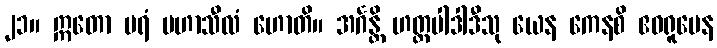
၂၁။ ဣတော ပရံ မဟာသီလံ ဟောတိ။ အင်္ဂန္တိ ဟတ္ထပါဒါဒီသု ယေန ကေနစိ ဧဝရူပေန